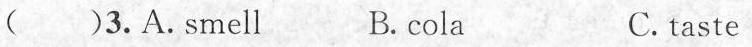
( )3.A. Smell B. cola C. taste